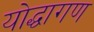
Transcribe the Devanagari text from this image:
योद्धागण